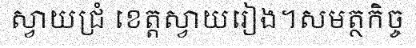
ស្វាយជ្រំ ខេត្តស្វាយរៀង។សមត្ថកិច្ច